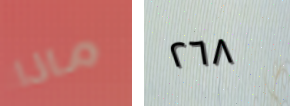
ماذا ٢٦٨